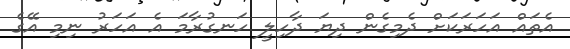
އެތައް އަހަރަކަށް ދެމިގެން ދިޔަ ދާހިލީ ހަނގުރާމަ އެ އަހަރު ނިމި އޭގެ